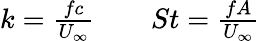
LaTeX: \begin{array}{r}{k=\frac{fc}{U_{\infty}}\qquad St=\frac{fA}{U_{\infty}}}\end{array}